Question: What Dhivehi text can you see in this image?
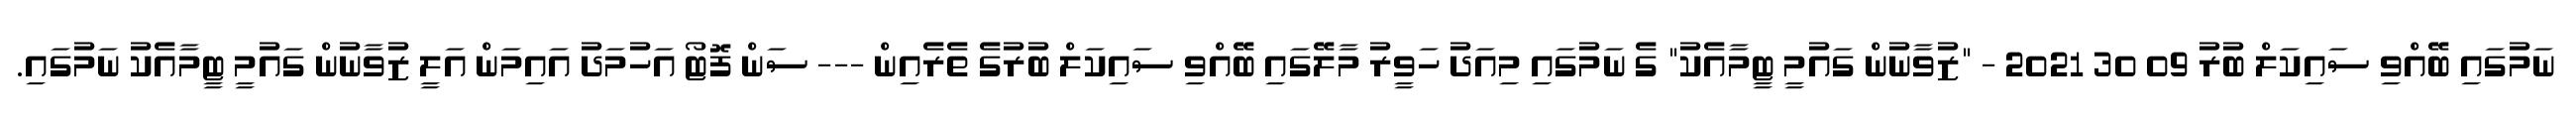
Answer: ނަމުގައި ބޭއްވި ސައިކަލް ބުރު 09 30 2021 - "ޒުވާނުން ގައުމީ ޓީމާއެކު" ގެ ނަމުގައި މިއަދު ހަވީރު މާލޭގައި ބޭއްވި ސައިކަލް ބުރުގެ ތެރެއިން --- ސަން ފޮޓޯ އަހުމަދު އައިމަން އަލީ ޒުވާނުން ގައުމީ ޓީމާއެކު ނަމުގައި.